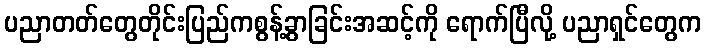
ပညာတတ်တွေတိုင်းပြည်ကစွန့်ခွာခြင်းအဆင့်ကို ရောက်ပြီလို့ ပညာရှင်တွေက